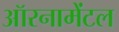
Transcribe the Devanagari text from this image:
ऑरनामेंटल